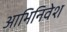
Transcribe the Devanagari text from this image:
आभिनिवेश